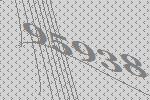
95938